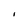
Character: I